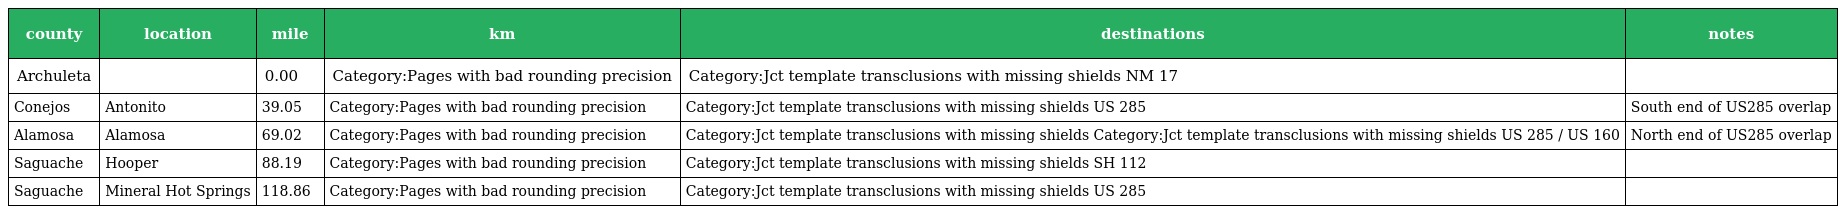
| county | location | mile | km | destinations | notes |
 | --- | --- | --- | --- | --- | --- |
 | Archuleta |  | 0.00 | Category:Pages with bad rounding precision | Category:Jct template transclusions with missing shields NM 17 |  |
 | Conejos | Antonito | 39.05 | Category:Pages with bad rounding precision | Category:Jct template transclusions with missing shields US 285 | South end of US285 overlap |
 | Alamosa | Alamosa | 69.02 | Category:Pages with bad rounding precision | Category:Jct template transclusions with missing shields Category:Jct template transclusions with missing shields US 285 / US 160 | North end of US285 overlap |
 | Saguache | Hooper | 88.19 | Category:Pages with bad rounding precision | Category:Jct template transclusions with missing shields SH 112 |  |
 | Saguache | Mineral Hot Springs | 118.86 | Category:Pages with bad rounding precision | Category:Jct template transclusions with missing shields US 285 |  |